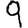
Digit: 9